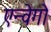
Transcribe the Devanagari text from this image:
एन्वेगो